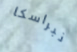
نبراسكا